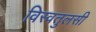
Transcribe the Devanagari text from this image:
विस्वतुलसी